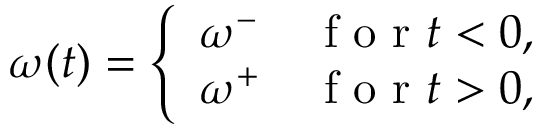
\begin{array} { r } { \omega ( t ) = \left\{ \begin{array} { l l } { \omega ^ { - } } & { \mathrm { ~ f ~ o ~ r ~ } t < 0 , } \\ { \omega ^ { + } } & { \mathrm { ~ f ~ o ~ r ~ } t > 0 , } \end{array} \right. } \end{array}